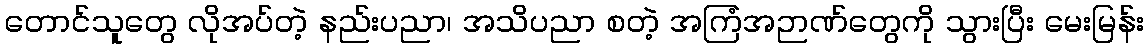
တောင်သူတွေ လိုအပ်တဲ့ နည်းပညာ၊ အသိပညာ စတဲ့ အကြံအဉာဏ်တွေကို သွားပြီး မေးမြန်း